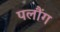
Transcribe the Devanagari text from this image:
पलौंग